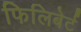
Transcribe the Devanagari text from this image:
फिलिबेर्ट